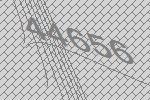
44656